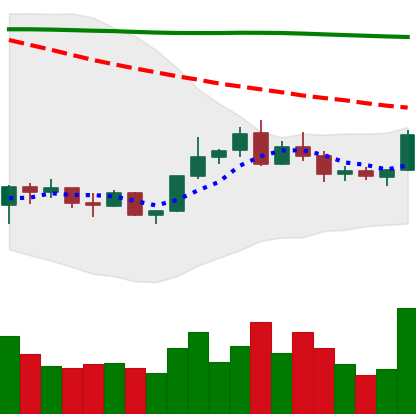
Ticker: BNB-USD
Chart end date: 2022-02-15
Forward return: -11.929%
Label: down_7plus